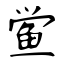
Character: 鲎